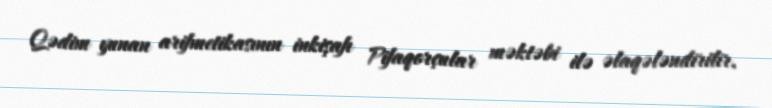
Qədim yunan arifmetikasının inkişafı Pifaqorçular məktəbi ilə əlaqələndirilir.